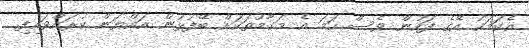
އެކަމަކު އޭގެ ފަހުން ވެސް ހަމަ އެ މަގާމުތަކަށް ބޭފުޅުން އައްޔަން ކުރައްވައިފި